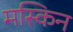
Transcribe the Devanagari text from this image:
मस्किन